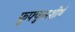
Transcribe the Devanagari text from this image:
फुफ्फुसशीर्ष